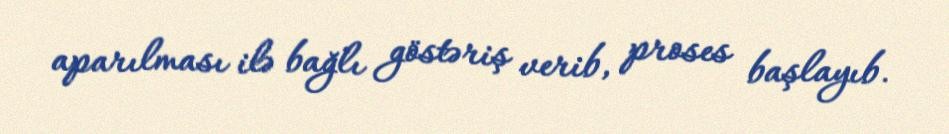
aparılması ilə bağlı göstəriş verib, proses başlayıb.